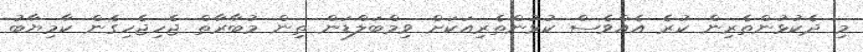
މި ދެކުޅުންތެރިން ކުރެ އެއްވެސް ކުޅުންތެރިއަކަށް ވިމްބަލްޑަން ތިން މުބާރާތް ޖެހިޖެހިގެން ކާމިޔާބު